Vabadussoja_Ajaloo_Komitee, lk 69
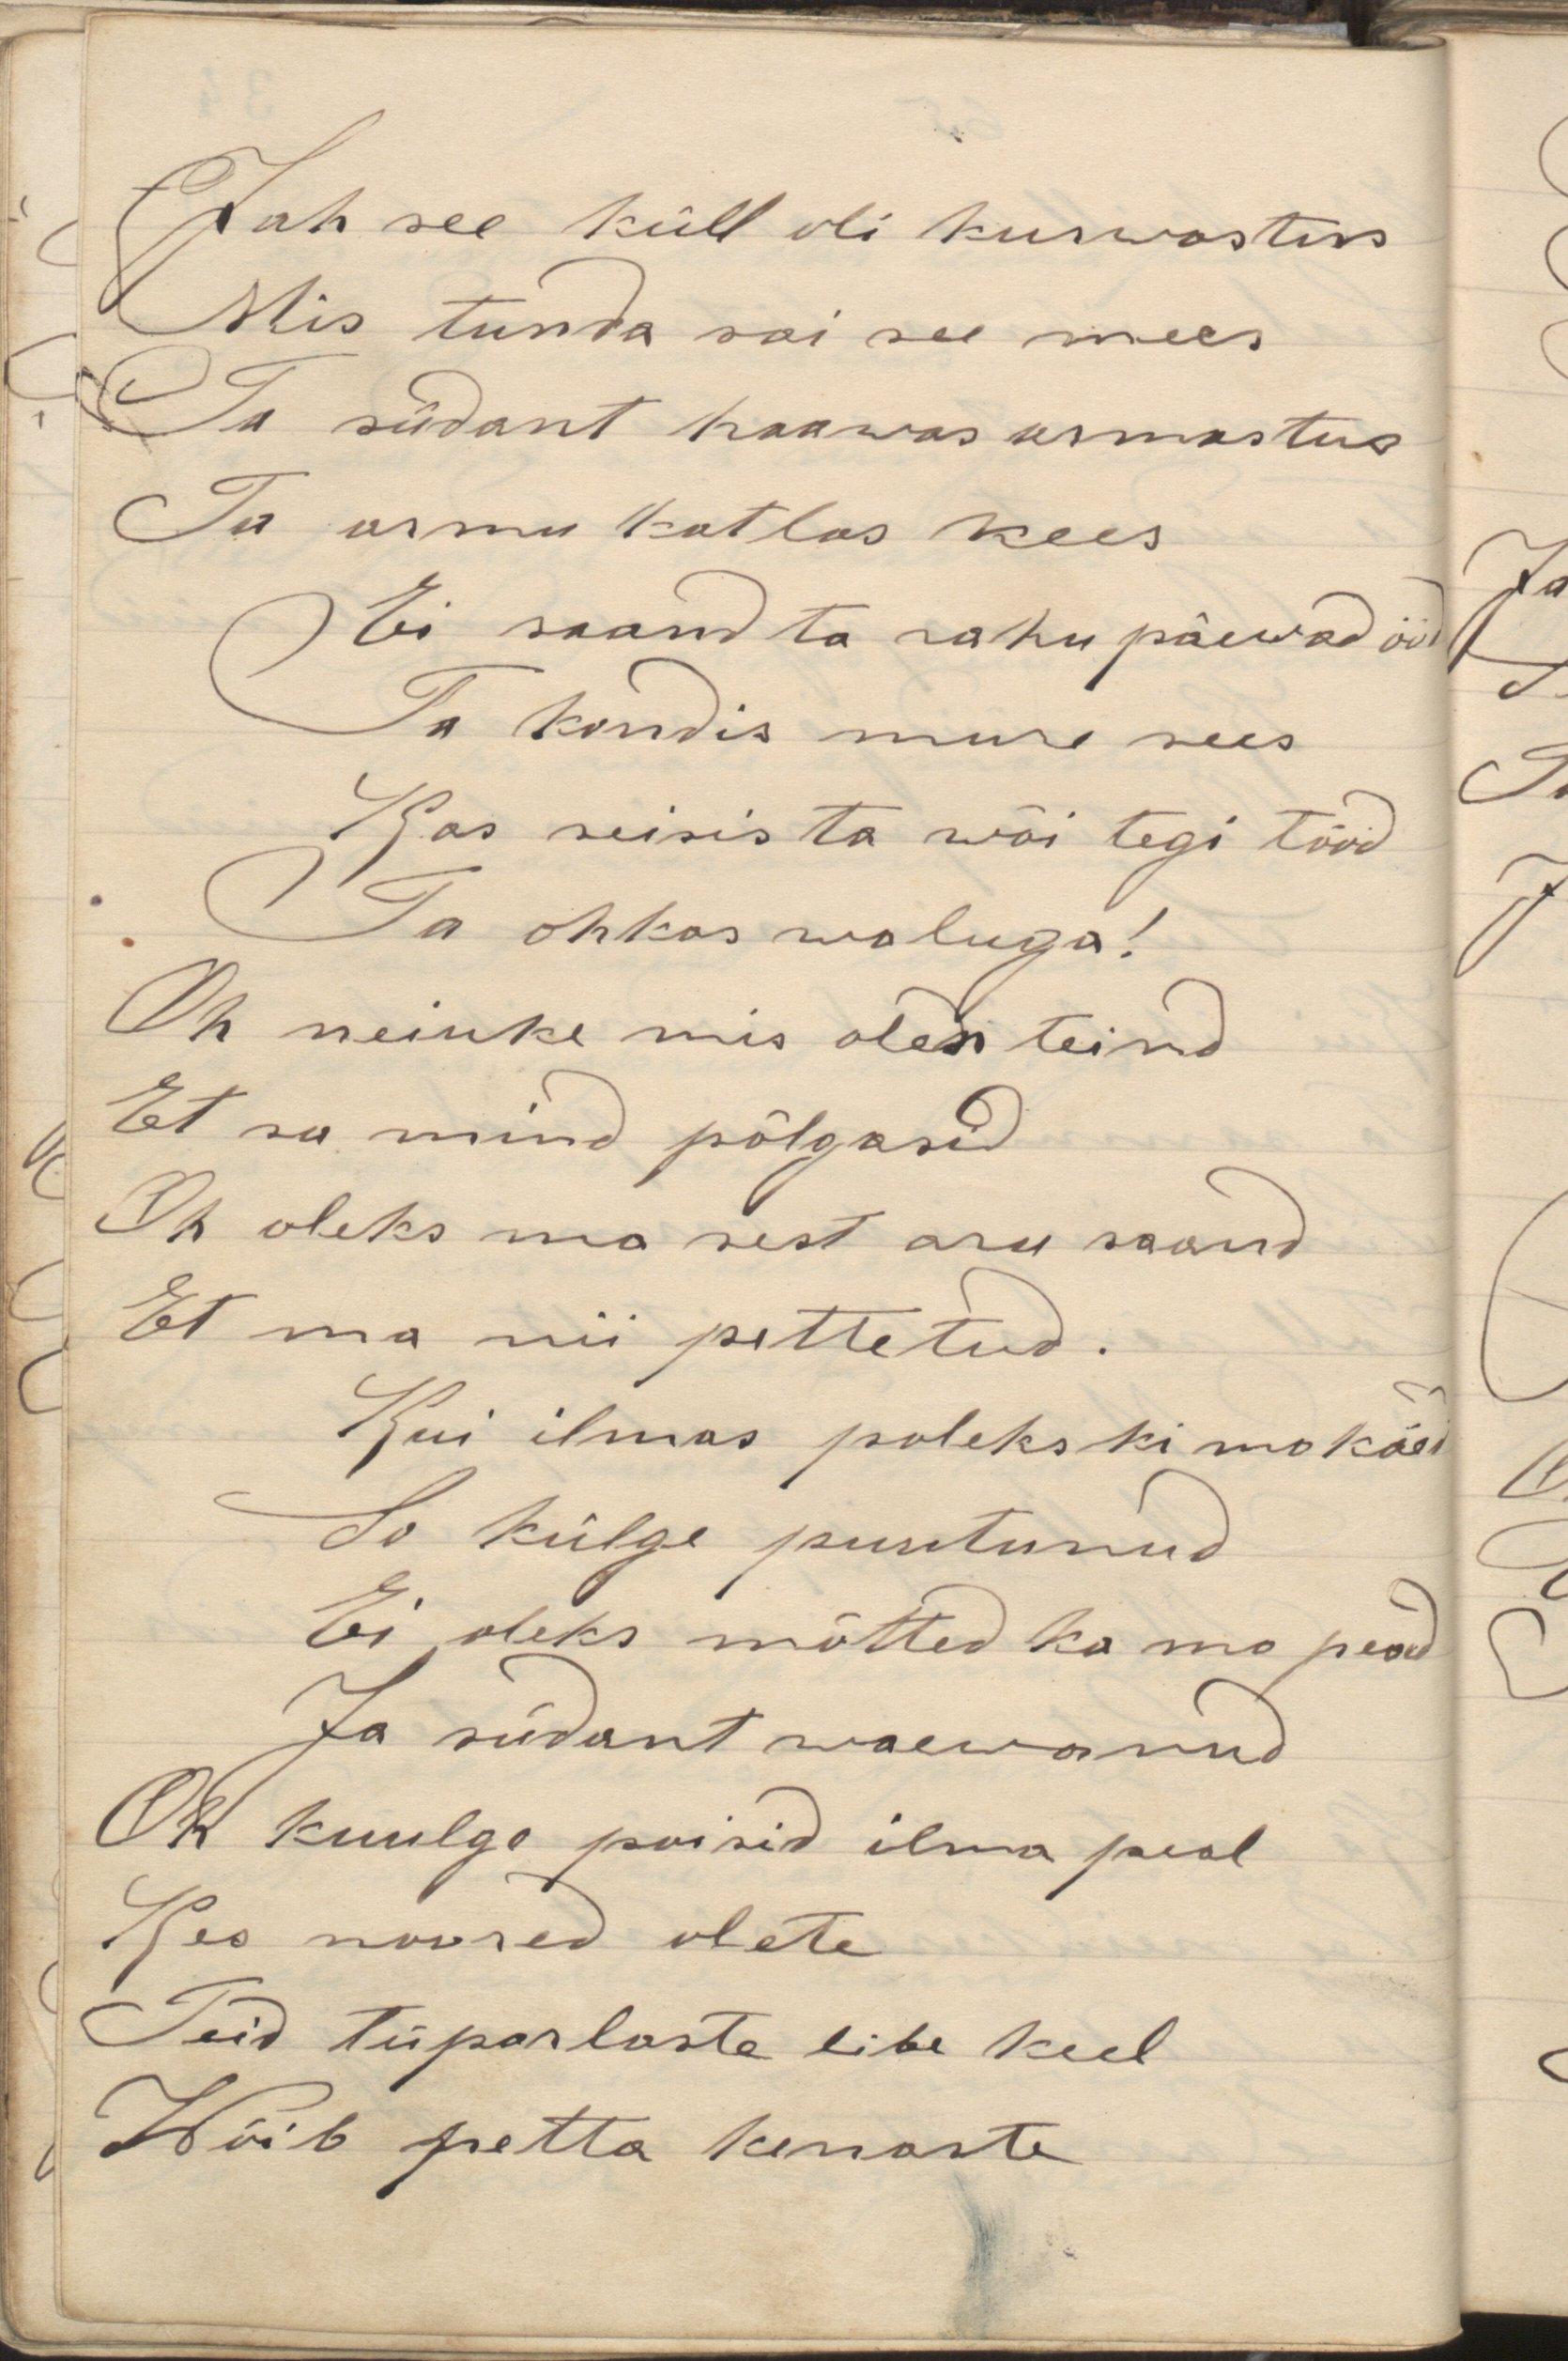
Jah see küll oli kurwastus
Mis tunda sai see mees
Ta südant haawas armastus
Ta armu katlas kees
Ei saand ta rahu päewad ööd
Ta kandis mure sees
Kas reisis ta wõi tegi tööd
Ta ohkas waluga!
Oh neiuke mis olen teind
Et sa mind põlgasid
Oh oleks ma sest aru saand
Et ma nii pettetud.
Kui ilmas polekski mu käed
So külge puutunud
Ei oleks mõtted ka mo pead
Ja südand waewanud
Oh kuulge poisid ilma peal
Kes noored olete
Teid tüparlaste libe keel
Wõib petta kenaste